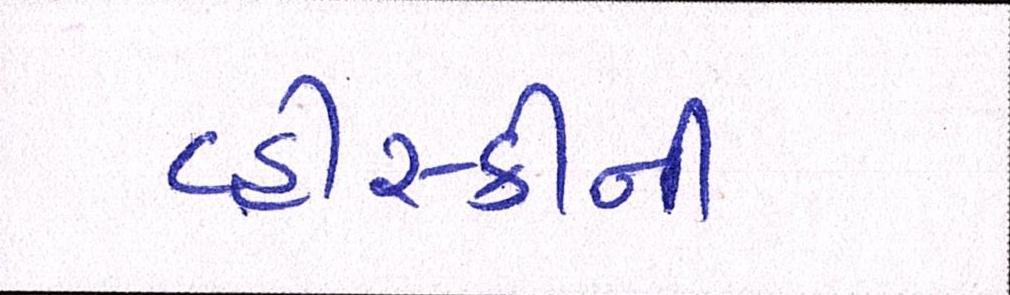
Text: વ્હીસ્કીની